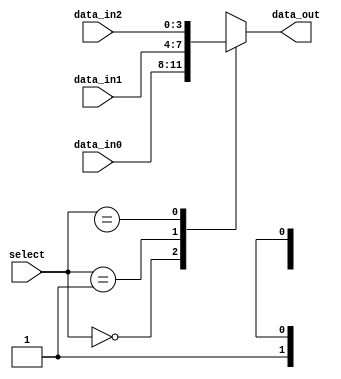
module mux_behavioral (
    input [1:0] select,
    input [3:0] data_in0,
    input [3:0] data_in1,
    input [3:0] data_in2,
    output reg [3:0] data_out
);

always @*
begin
    case (select)
        2'b00: data_out = data_in0;
        2'b01: data_out = data_in1;
        2'b1X: data_out = data_in2; // X-based case statement for the third condition
        default: data_out = 4'b0000; // default case if none of the conditions are met
    endcase
end

endmodule